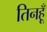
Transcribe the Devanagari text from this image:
तिनहूँ